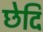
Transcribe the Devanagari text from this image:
छेदि